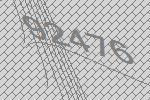
92476